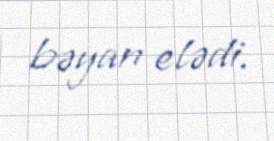
bəyan elədi.